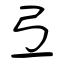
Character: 弖